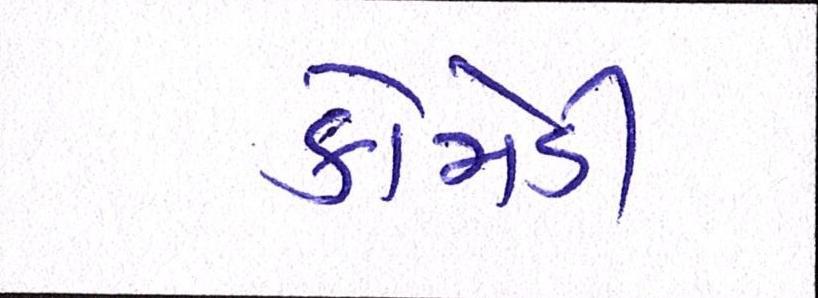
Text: કોમેડી